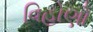
વિહોણો